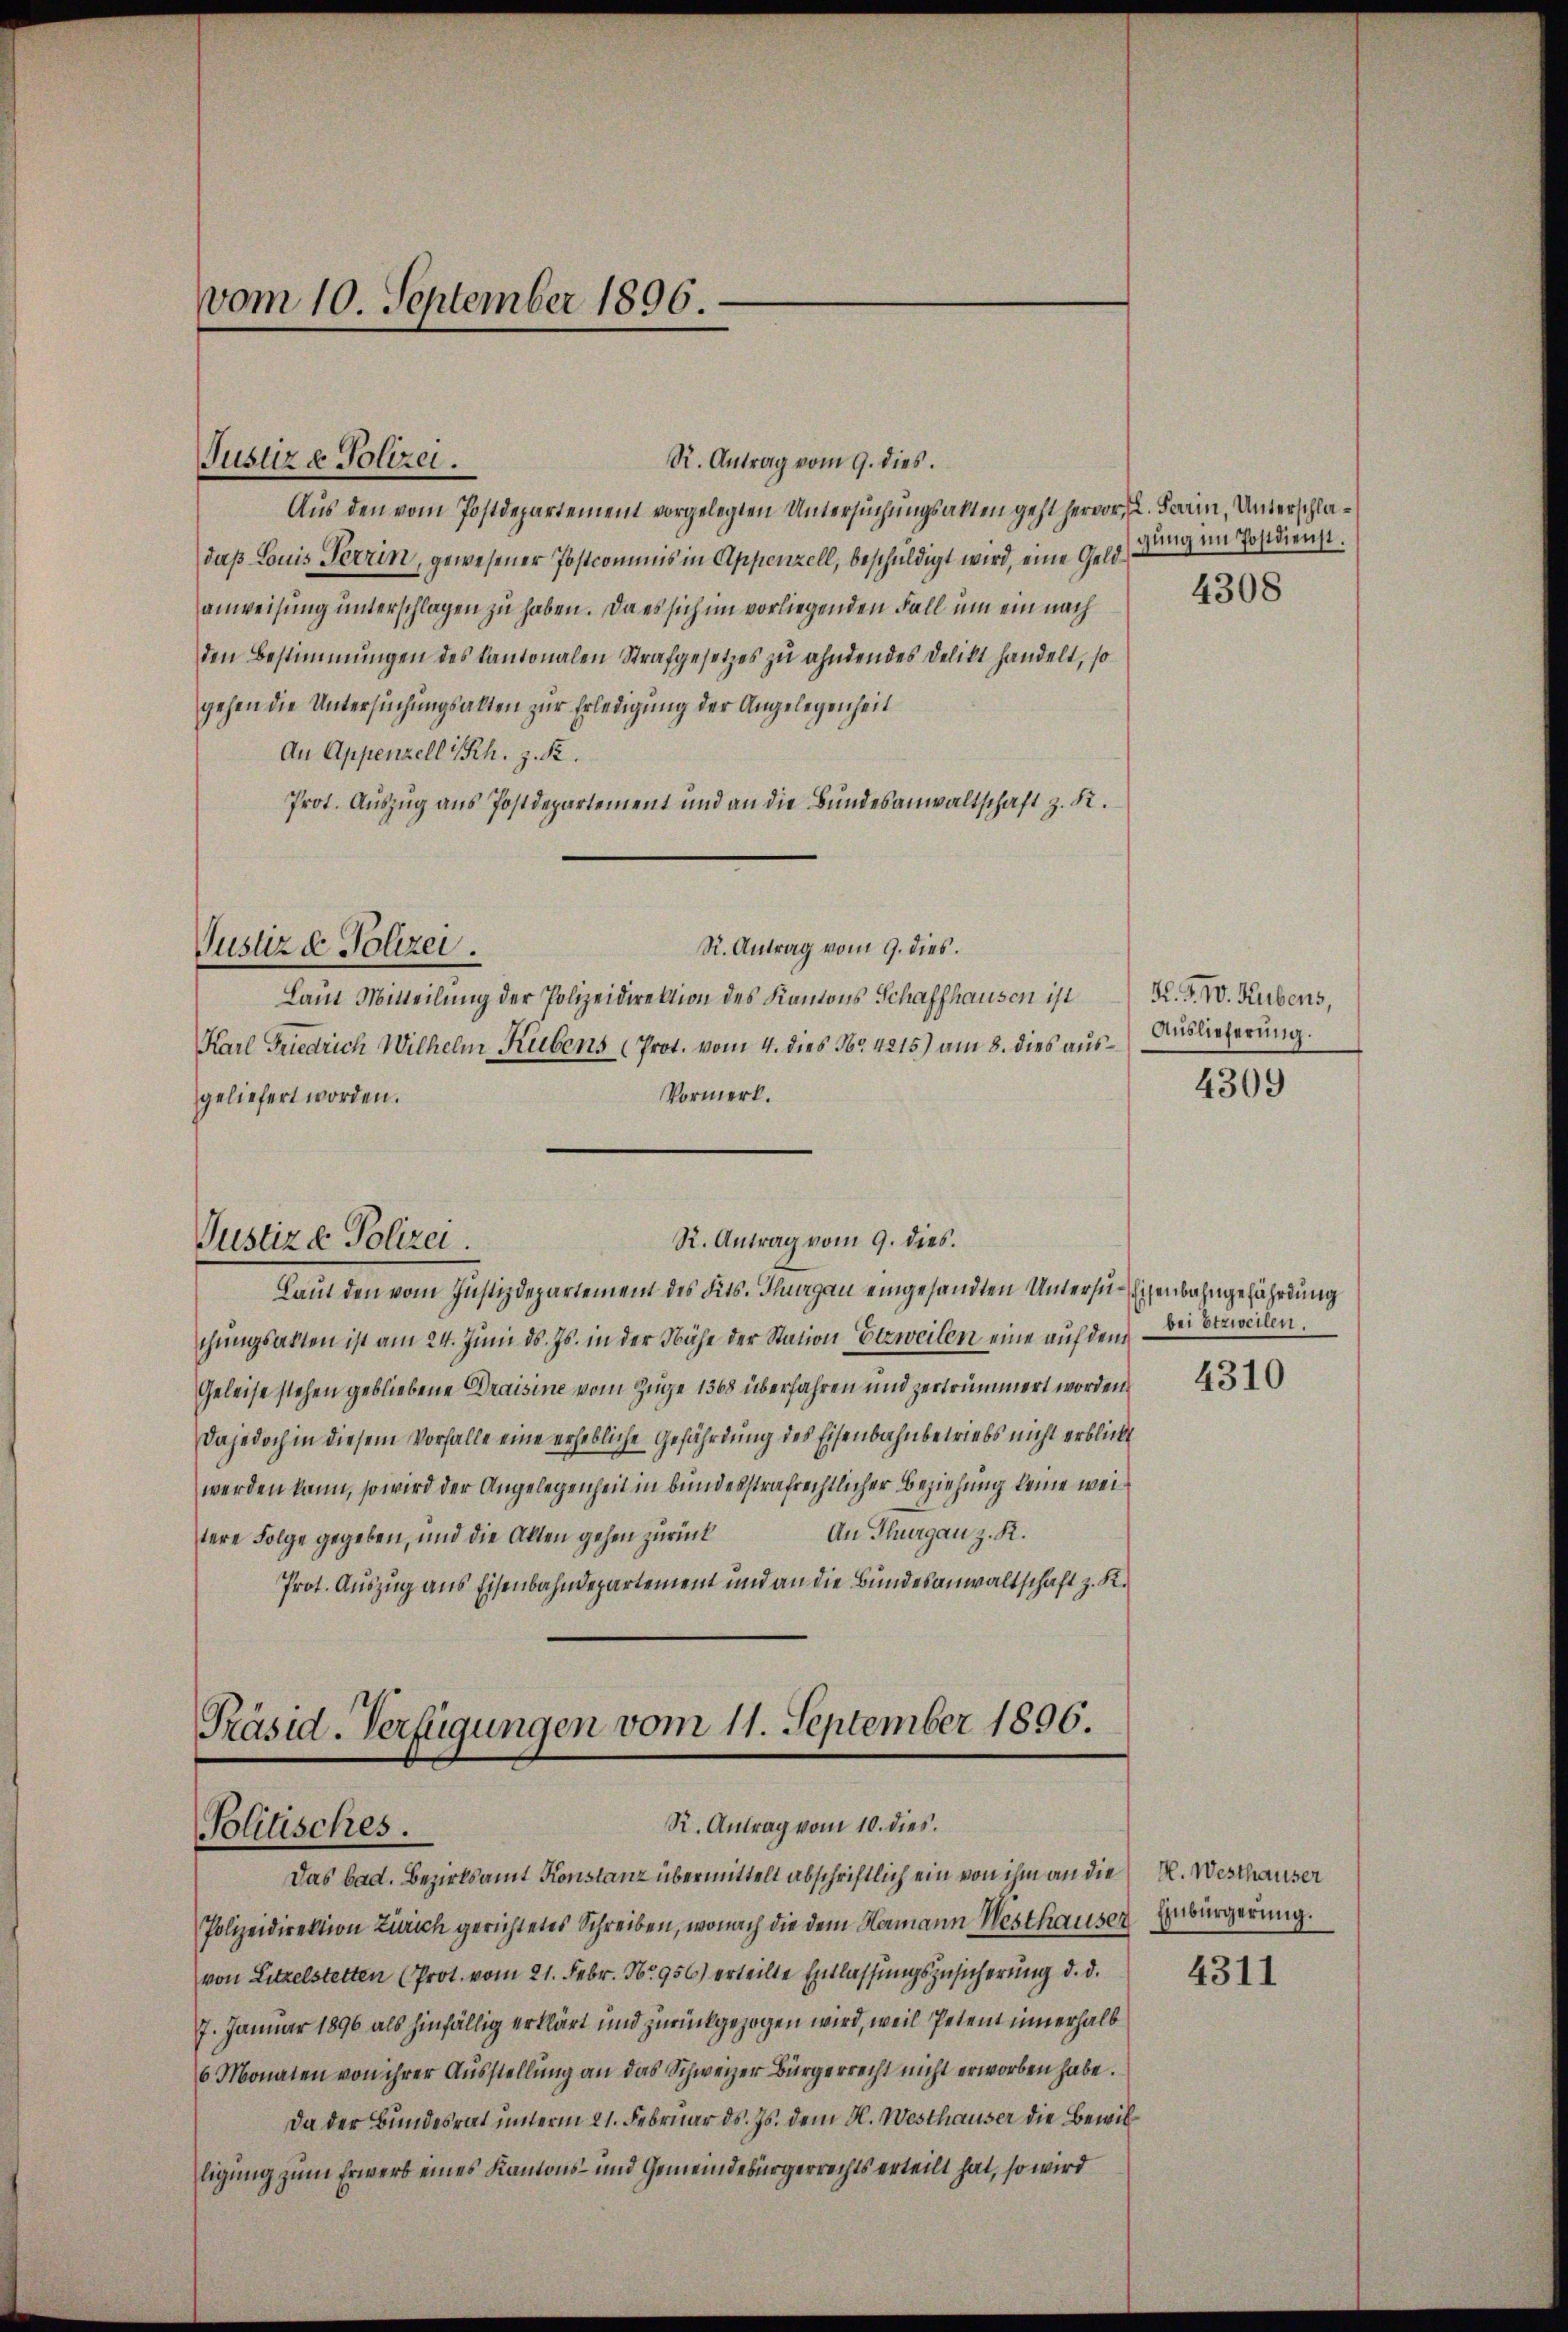
vom 10. September 1896.

Justiz & Polizei.

Justiz & Polizei.

R. Antrag vom 9. dies.
Aus den vom Postdepartement vorgelegten Untersuchungsakten geht hervor, u. darin, Unterschladaß Louis Terrin, gewesener Postcommis in Appenzell, beschuldigt wird, eine Geldanweisung unterschlagen zu haben. Da es sich im vorliegenden Fall um ein nach
den Bestimmungen des Kantonalen Strafgesetzes zu ahndendes Delikt handelt, so
gehen die Untersuchungsalten zur Erledigung der Angelegenheit
An Appenzell Rh. z. R.
Prot. Auszug aus Postdepartement und an die Bundesanwaltschaft z. K.
R. Antrag vom 9. dies.
Laut Mitteilung der Polizeidirektion des Kantons Schaffhausen ist
Karl Friedrich Wilhelm Rubens (Prot. vom 4. dies No. 4215) am 8. dies aus¬
Vormerk.
geliefert worden.
R. Antrag vom 9. dies.
Justiz & Polizei.
Laut den vom Justizdepartement des Fits. Thurgau eingesandten Untersu-Eisenbahngefährdung
chŭngsakten ist am 24. Juni d. Js. in der Nähe der Station Etzweilen eine auf den bei Verweilen.
Geleise stehen gebliebene Draisine vom Züge 1368 überfahren und zertrümmert worden.
Dajedoch in diesem Vorfalle eine erhebliche Gefährdung des Eisenbahnbetriebs nicht erblickt
werden kann, so wird der Angelegenheit in bundesstrafrechtlicher Beziehung keine wei¬
An Thurgau z. R.
tere Folge gegeben, und die Alten gehen zurück
Prot. Auszug aus Eisenbahndepartement und an die Bundesanwaltschaft z. R.

Polizeidirektion Zürich gerichtetes Schreiben, wonach die dem Hamann Misthauser
von Litzelstetten (Prot. vom 21. Febr. N.956) erteilte Entlassungszusicherung d. d.
7. Januar 1896 als hinfällig erklärt und zurückgezogen wird, weil Petent innerhalb
6 Monaten von ihrer Ausstellung an das Schweizer Bürgerrecht nicht erworben habe.
Da der Bundesrat unterm 21. Februar ds. Js. dem H. Westhauser die Bewilligung zum Erwerb eines Kantons- und Gemeindebürgerrechts erteilt hat, so wird

Präsid. Verfügungen vom 11. September 1896.
R. Antrag vom 10. dies.
Politisches.
Das bad. Bezirksamt Konstanz übermittelt abschriftlich ein von ihm an die

gung im Postdienst.

4308

K. G. IV. Hubens,
Auslieferung.

4309

4310

H. Westhauser
Einbürgerung.

4311